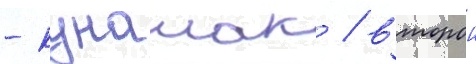
- кунашак / второи